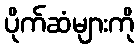
ပိုက်ဆံများကို